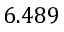
6 . 4 8 9